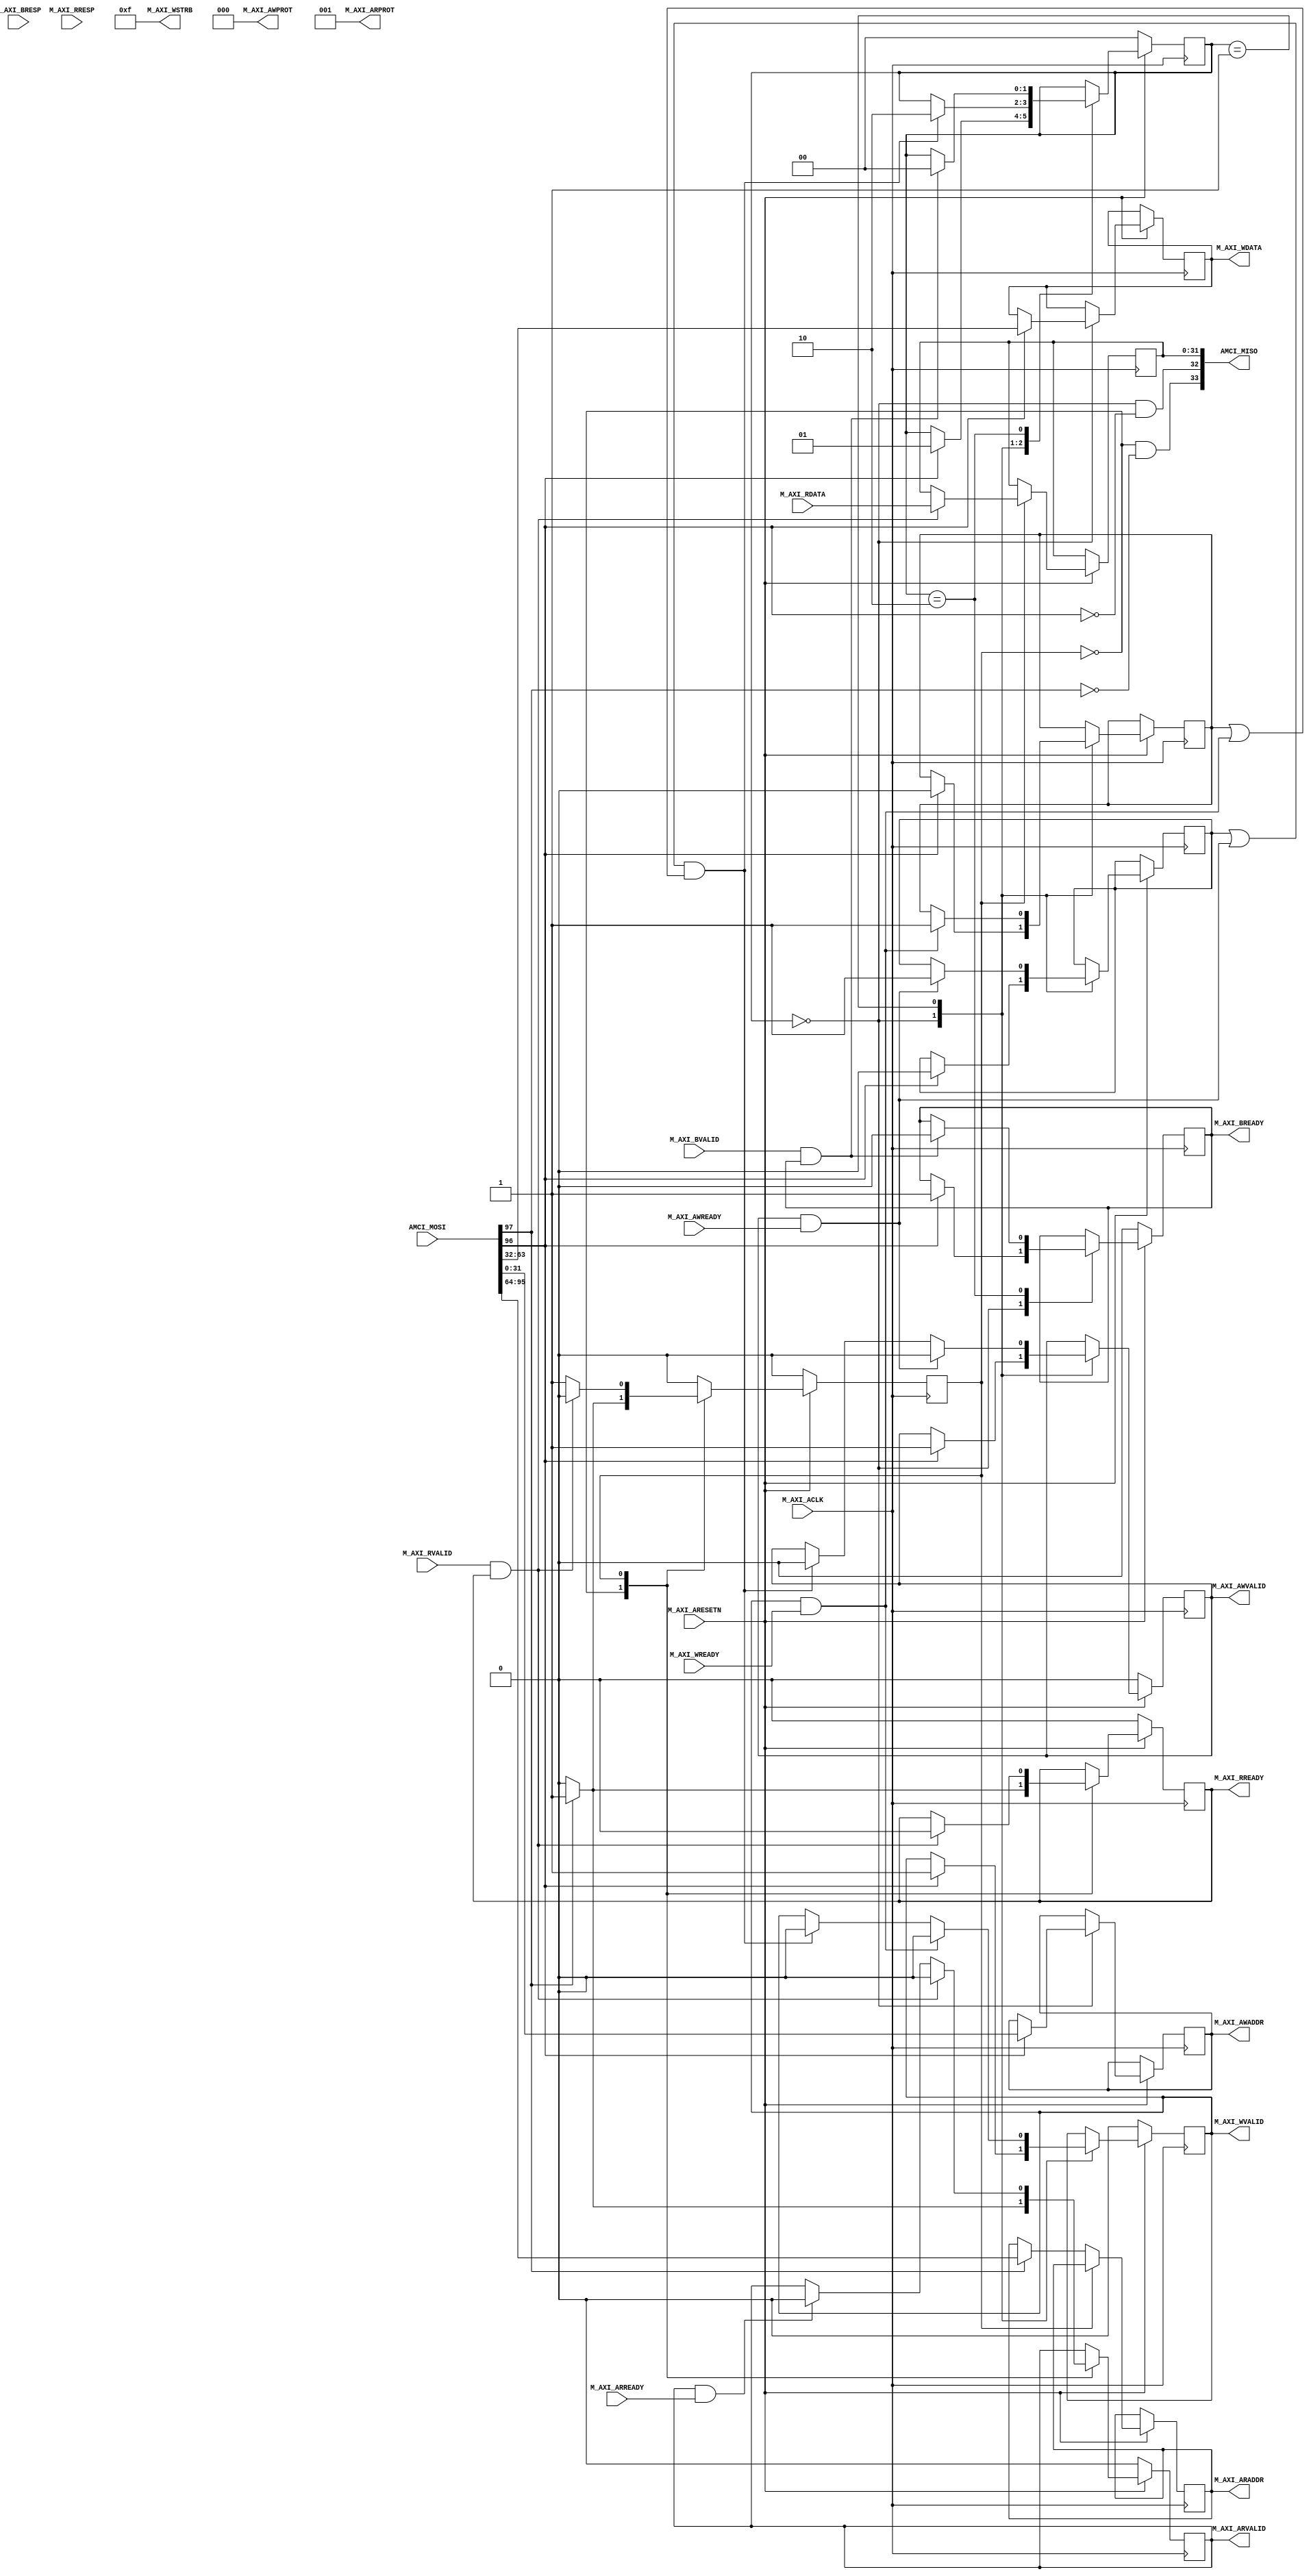
`timescale 1ns / 1ps
//////////////////////////////////////////////////////////////////////////////////
// 
//////////////////////////////////////////////////////////////////////////////////


module axi4_lite_master#
(
    parameter integer AXI_DATA_WIDTH = 32,
    parameter integer AXI_ADDR_WIDTH = 32
)
(
    //============================ The AMCI interface ==========================
    input  wire[97:0] AMCI_MOSI,    // AMCI Master Out, Slave In
    output wire[33:0] AMCI_MISO,    // AMCI Master In, Slave Out
    //==========================================================================
    

    //================ From here down is the AXI4-Lite interface ===============
    input wire  M_AXI_ACLK,
    input wire  M_AXI_ARESETN,
        
    // "Specify write address"              -- Master --    -- Slave --
    output wire [AXI_ADDR_WIDTH-1 : 0]      M_AXI_AWADDR,   
    output wire                             M_AXI_AWVALID,  
    input  wire                                             M_AXI_AWREADY,
    output wire  [2 : 0]                    M_AXI_AWPROT,

    // "Write Data"                         -- Master --    -- Slave --
    output wire [AXI_DATA_WIDTH-1 : 0]      M_AXI_WDATA,      
    output wire                             M_AXI_WVALID,
    output wire [(AXI_DATA_WIDTH/8)-1:0]    M_AXI_WSTRB,
    input  wire                                             M_AXI_WREADY,

    // "Send Write Response"                -- Master --    -- Slave --
    input  wire [1 : 0]                                     M_AXI_BRESP,
    input  wire                                             M_AXI_BVALID,
    output wire                             M_AXI_BREADY,

    // "Specify read address"               -- Master --    -- Slave --
    output wire [AXI_ADDR_WIDTH-1 : 0]      M_AXI_ARADDR,     
    output wire                             M_AXI_ARVALID,
    output wire [2 : 0]                     M_AXI_ARPROT,     
    input  wire                                             M_AXI_ARREADY,

    // "Read data back to master"           -- Master --    -- Slave --
    input  wire [AXI_DATA_WIDTH-1 : 0]                      M_AXI_RDATA,
    input  wire                                             M_AXI_RVALID,
    input  wire [1 : 0]                                     M_AXI_RRESP,
    output wire                             M_AXI_RREADY
    //==========================================================================

);

    localparam AXI_DATA_BYTES = (AXI_DATA_WIDTH/8);

    //=========================================================================================================
    // FSM logic used for writing to the slave device.
    //
    //  To start:   amci_waddr = Address to write to
    //              amci_wdata = Data to write at that address
    //              amci_write = Pulsed high for one cycle
    //
    //  At end:     Write is complete when "amci_widle" goes high
    //              amci_wresp = AXI_BRESP "write response" signal from slave
    //=========================================================================================================
    reg[1:0]                    write_state = 0;

    // FSM user interface inputs
    reg[AXI_ADDR_WIDTH-1:0]     amci_waddr;
    reg[AXI_DATA_WIDTH-1:0]     amci_wdata;
    reg                         amci_write;
    reg[2:0]                    amci_wresp;

    // FSM user interface outputs
    wire                        amci_widle = (write_state == 0 && amci_write == 0);     

    // AXI registers and outputs
    reg[AXI_ADDR_WIDTH-1:0]     m_axi_awaddr;
    reg[AXI_DATA_WIDTH-1:0]     m_axi_wdata;
    reg                         m_axi_awvalid = 0;
    reg                         m_axi_wvalid = 0;
    reg                         m_axi_bready = 0;
    reg                         saw_waddr_ready = 0;
    reg                         saw_wdata_ready = 0;

    // Wire up the AXI interface outputs
    assign M_AXI_AWADDR  = m_axi_awaddr;
    assign M_AXI_WDATA   = m_axi_wdata;
    assign M_AXI_AWVALID = m_axi_awvalid;
    assign M_AXI_WVALID  = m_axi_wvalid;
    assign M_AXI_AWPROT  = 3'b000;
    assign M_AXI_WSTRB   = (1 << AXI_DATA_BYTES) - 1; // usually 4'b1111
    assign M_AXI_BREADY  = m_axi_bready;
    //=========================================================================================================
     
     // Define states that say "An xVALID signal and its corresponding xREADY signal are both asserted"
     wire avalid_and_ready = M_AXI_AWVALID & M_AXI_AWREADY;
     wire wvalid_and_ready = M_AXI_WVALID  & M_AXI_WREADY;
     wire bvalid_and_ready = M_AXI_BVALID  & M_AXI_BREADY;

    always @(posedge M_AXI_ACLK) begin

        // If we're in RESET mode...
        if (M_AXI_ARESETN == 0) begin
            write_state   <= 0;
            m_axi_awvalid <= 0;
            m_axi_wvalid  <= 0;
            m_axi_bready  <= 0;
        end        
        
        // Otherwise, we're not in RESET and our state machine is running
        else case (write_state)
            
            // Here we're idle, waiting for someone to raise the 'amci_write' flag.  Once that happens,
            // we'll place the user specified address and data onto the AXI bus, along with the flags that
            // indicate that the address and data values are valid
            0:  if (amci_write) begin
                    saw_waddr_ready <= 0;           // The slave has not yet asserted AWREADY
                    saw_wdata_ready <= 0;           // The slave has not yet asserted WREADY
                    m_axi_awaddr    <= amci_waddr;  // Place our address onto the bus
                    m_axi_wdata     <= amci_wdata;  // Place our data onto the bus
                    m_axi_awvalid   <= 1;           // Indicate that the address is valid
                    m_axi_wvalid    <= 1;           // Indicate that the data is valid
                    m_axi_bready    <= 1;           // Indicate that we're ready for the slave to respond
                    write_state     <= 1;           // On the next clock cycle, we'll be in the next state
                end
                
           // Here, we're waiting around for the slave to acknowledge our request by asserting M_AXI_AWREADY
           // and M_AXI_WREADY.  Once that happens, we'll de-assert the "valid" lines.  Keep in mind that we
           // don't know what order AWREADY and WREADY will come in, and they could both come at the same
           // time.      
           1:   begin   
                    // If we've seen AWREADY (or if its raised now) and if we've seen WREADY (or if it's raised now)...
                    if ((saw_waddr_ready || avalid_and_ready) && (saw_wdata_ready || wvalid_and_ready)) begin
                        m_axi_awvalid <= 0;
                        m_axi_wvalid  <= 0;
                        write_state   <= 2;
                    end

                    // Keep track of whether we have seen the slave raise AWREADY
                    if (avalid_and_ready) begin
                        saw_waddr_ready <= 1;
                        m_axi_awvalid   <= 0;
                    end

                    // Keep track of whether we have seen the slave raise WREADY
                    if (wvalid_and_ready) begin
                        saw_wdata_ready <= 1; 
                        m_axi_wvalid    <= 0;
                    end
                end
                
           // Wait around for the slave to assert "M_AXI_BVALID".  When it does, we'll acknowledge
           // it by raising M_AXI_BREADY for one cycle, and go back to idle state
           2:   if (bvalid_and_ready) begin
                    amci_wresp   <= M_AXI_BRESP;
                    m_axi_bready <= 0;
                    write_state  <= 0;
                end

        endcase
    end
    //=========================================================================================================





    //=========================================================================================================
    // FSM logic used for reading from a slave device.
    //
    //  To start:   amci_raddr = Address to read from
    //              amci_read  = Pulsed high for one cycle
    //
    //  At end:   Read is complete when "amci_ridle" goes high.
    //            amci_rdata = The data that was read
    //            amci_rresp = The AXI "read response" that is used to indicate success or failure
    //=========================================================================================================
    reg                         read_state = 0;

    // FSM user interface inputs
    reg[AXI_ADDR_WIDTH-1:0]     amci_raddr;
    reg                         amci_read;

    // FSM user interface outputs
    reg[AXI_DATA_WIDTH-1:0]     amci_rdata;
    reg[1:0]                    amci_rresp;
    wire                        amci_ridle = (read_state == 0 && amci_read == 0);     

    // AXI registers and outputs
    reg[AXI_ADDR_WIDTH-1:0]     m_axi_araddr;
    reg                         m_axi_arvalid = 0;
    reg                         m_axi_rready;

    // Wire up the AXI interface outputs
    assign M_AXI_ARADDR  = m_axi_araddr;
    assign M_AXI_ARVALID = m_axi_arvalid;
    assign M_AXI_ARPROT  = 3'b001;
    assign M_AXI_RREADY  = m_axi_rready;
    //=========================================================================================================
    always @(posedge M_AXI_ACLK) begin
         
        if (M_AXI_ARESETN == 0) begin
            read_state    <= 0;
            m_axi_arvalid <= 0;
            m_axi_rready  <= 0;
        end else case (read_state)

            // Here we are waiting around for someone to raise "amci_read", which signals us to begin
            // a AXI read at the address specified in "amci_raddr"
            0:  if (amci_read) begin
                    m_axi_araddr  <= amci_raddr;
                    m_axi_arvalid <= 1;
                    m_axi_rready  <= 1;
                    read_state    <= 1;
                end else begin
                    m_axi_arvalid <= 0;
                    m_axi_rready  <= 0;
                    read_state    <= 0;
                end
            
            // Wait around for the slave to raise M_AXI_RVALID, which tells us that M_AXI_RDATA
            // contains the data we requested
            1:  begin
                    if (M_AXI_ARVALID && M_AXI_ARREADY) begin
                        m_axi_arvalid <= 0;
                    end

                    if (M_AXI_RVALID && M_AXI_RREADY) begin
                        amci_rdata    <= M_AXI_RDATA;
                        amci_rresp    <= M_AXI_RRESP;
                        m_axi_rready  <= 0;
                        m_axi_arvalid <= 0;
                        read_state    <= 0;
                    end
                end

        endcase
    end
    //=========================================================================================================


    //<><><><><><><><><><><><><><><><><><><><><><><><><><><><><><><><><><><><><><><><><><><><><><><><><><><><><    
    //<><><><><><><><><><><><><><><><><><><><><><><><><><><><><><><><><><><><><><><><><><><><><><><><><><><><><    
    //  Below, we're goiing to wire the "amci_xxx" half of the interface to the input and output ports of
    //  this module.   If you want to adapt this module to use custom drive logic (instead of using it as a
    //  stand-alone AXI bus-master module), remove the wiring below, remove the AMCI ports from this module's
    //  port list, and add your own custom logic below to drive the "amci" registers.
    //<><><><><><><><><><><><><><><><><><><><><><><><><><><><><><><><><><><><><><><><><><><><><><><><><><><><><    
    //<><><><><><><><><><><><><><><><><><><><><><><><><><><><><><><><><><><><><><><><><><><><><><><><><><><><><    


    //=========================================================================================================
    // Break out the AMCI_MISO and AMCI_MISO interfaces into discrete ports
    //=========================================================================================================
    localparam AMCI_WADDR_OFFSET = 0;   localparam pa1 = AMCI_WADDR_OFFSET + AXI_ADDR_WIDTH;
    localparam AMCI_WDATA_OFFSET = pa1; localparam pa2 = AMCI_WDATA_OFFSET + AXI_DATA_WIDTH;
    localparam AMCI_RADDR_OFFSET = pa2; localparam pa3 = AMCI_RADDR_OFFSET + AXI_ADDR_WIDTH;
    localparam AMCI_WRITE_OFFSET = pa3; localparam pa4 = AMCI_WRITE_OFFSET + 1;
    localparam AMCI_READ_OFFSET  = pa4; localparam pa5 = AMCI_READ_OFFSET  + 1;

    localparam AMCI_RDATA_OFFSET = 0;   localparam pb1 = AMCI_RDATA_OFFSET + AXI_DATA_WIDTH;
    localparam AMCI_WIDLE_OFFSET = pb1; localparam pb2 = AMCI_WIDLE_OFFSET + 1;
    localparam AMCI_RIDLE_OFFSET = pb2; localparam pb3 = AMCI_RIDLE_OFFSET + 1;

    wire[AXI_ADDR_WIDTH-1:0] AMCI_WADDR = AMCI_MOSI[AMCI_WADDR_OFFSET +: AXI_ADDR_WIDTH];
    wire[AXI_DATA_WIDTH-1:0] AMCI_WDATA = AMCI_MOSI[AMCI_WDATA_OFFSET +: AXI_DATA_WIDTH];
    wire[AXI_ADDR_WIDTH-1:0] AMCI_RADDR = AMCI_MOSI[AMCI_RADDR_OFFSET +: AXI_ADDR_WIDTH];
    wire AMCI_WRITE                     = AMCI_MOSI[AMCI_WRITE_OFFSET +: 1];
    wire AMCI_READ                      = AMCI_MOSI[AMCI_READ_OFFSET  +: 1];

    wire[AXI_DATA_WIDTH-1:0] AMCI_RDATA = AMCI_MISO[AMCI_RDATA_OFFSET +: AXI_DATA_WIDTH];
    wire                     AMCI_WIDLE = AMCI_MISO[AMCI_WIDLE_OFFSET +: 1];
    wire                     AMCI_RIDLE = AMCI_MISO[AMCI_RIDLE_OFFSET +: 1];
    //=========================================================================================================


    //=========================================================================================================
    // Wire the "write-to-slave" FSM inputs and outputs to the module ports
    //=========================================================================================================
    always @(*) begin
        amci_waddr <= AMCI_WADDR;
        amci_wdata <= AMCI_WDATA;
        amci_write <= AMCI_WRITE;
    end
    assign AMCI_WIDLE = amci_widle;    
    //=========================================================================================================

    //=========================================================================================================
    // Wire the "read-from-slave" FSM inputs and outputs to the module ports
    //=========================================================================================================
    always @(*) begin
        amci_raddr <= AMCI_RADDR;
        amci_read  <= AMCI_READ;
    end 
    assign AMCI_RIDLE = amci_ridle;
    assign AMCI_RDATA = amci_rdata;
    //=========================================================================================================

endmodule